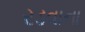
રડવાના